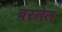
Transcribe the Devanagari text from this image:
बस्तेत